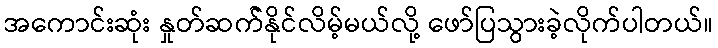
အကောင်းဆုံး နှုတ်ဆက််နိုင်လိမ့်မယ်လို့ ဖော်ပြသွားခဲ့လိုက်ပါတယ်။